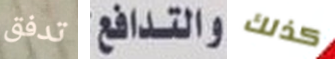
تدفق والتدافع كذلك